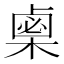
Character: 𣗴